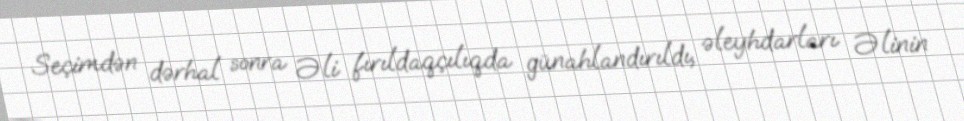
Seçimdən dərhal sonra Əli fırıldaqçılıqda günahlandırıldı, əleyhdarları Əlinin